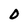
Character: 0